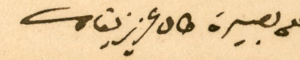
على بصيرة طال عزيز بقاك